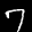
Label: 7